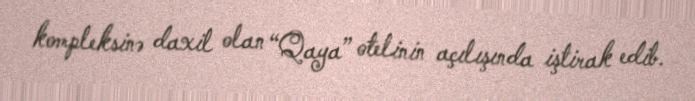
kompleksinə daxil olan “Qaya” otelinin açılışında iştirak edib.